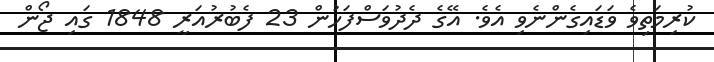
ކުރިމަތިވެ ވަޑައިގެންނެވި އެވެ. އޭގެ ދެދުވަސްފަހުން 23 ފެބުރުއަރީ 1848 ގައި ޖޯން